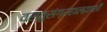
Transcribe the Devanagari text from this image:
वस्तुसंग्रहालयाशी